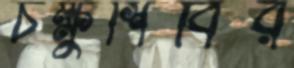
চক্ষুশিবির